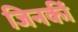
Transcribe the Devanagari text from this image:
जिनकीं